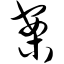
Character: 案